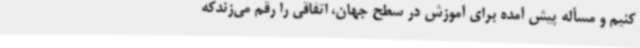
کنیم و مسأله پیش آمده برای آموزش در سطح جهان، اتفاقی را رقم می‌زندکه